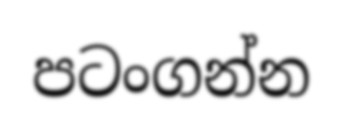
පටංගන්න